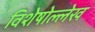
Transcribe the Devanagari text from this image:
विशेषोल्लेख